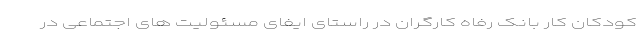
کودکان کار بانک رفاه کارگران در راستای ایفای مسئولیت های اجتماعی در